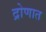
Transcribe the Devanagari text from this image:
द्रोणात